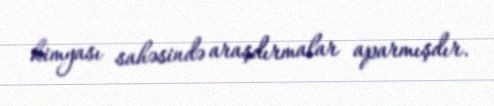
kimyası sahəsində araşdırmalar aparmışdır.